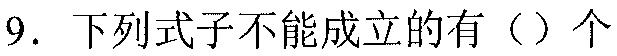
9. 下列式子不能成立的有（）个